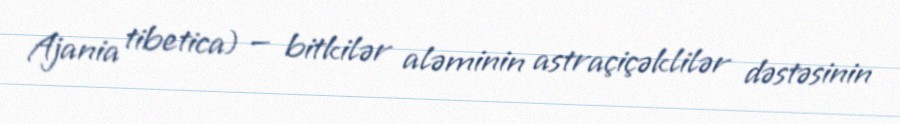
Ajania tibetica) — bitkilər aləminin astraçiçəklilər dəstəsinin